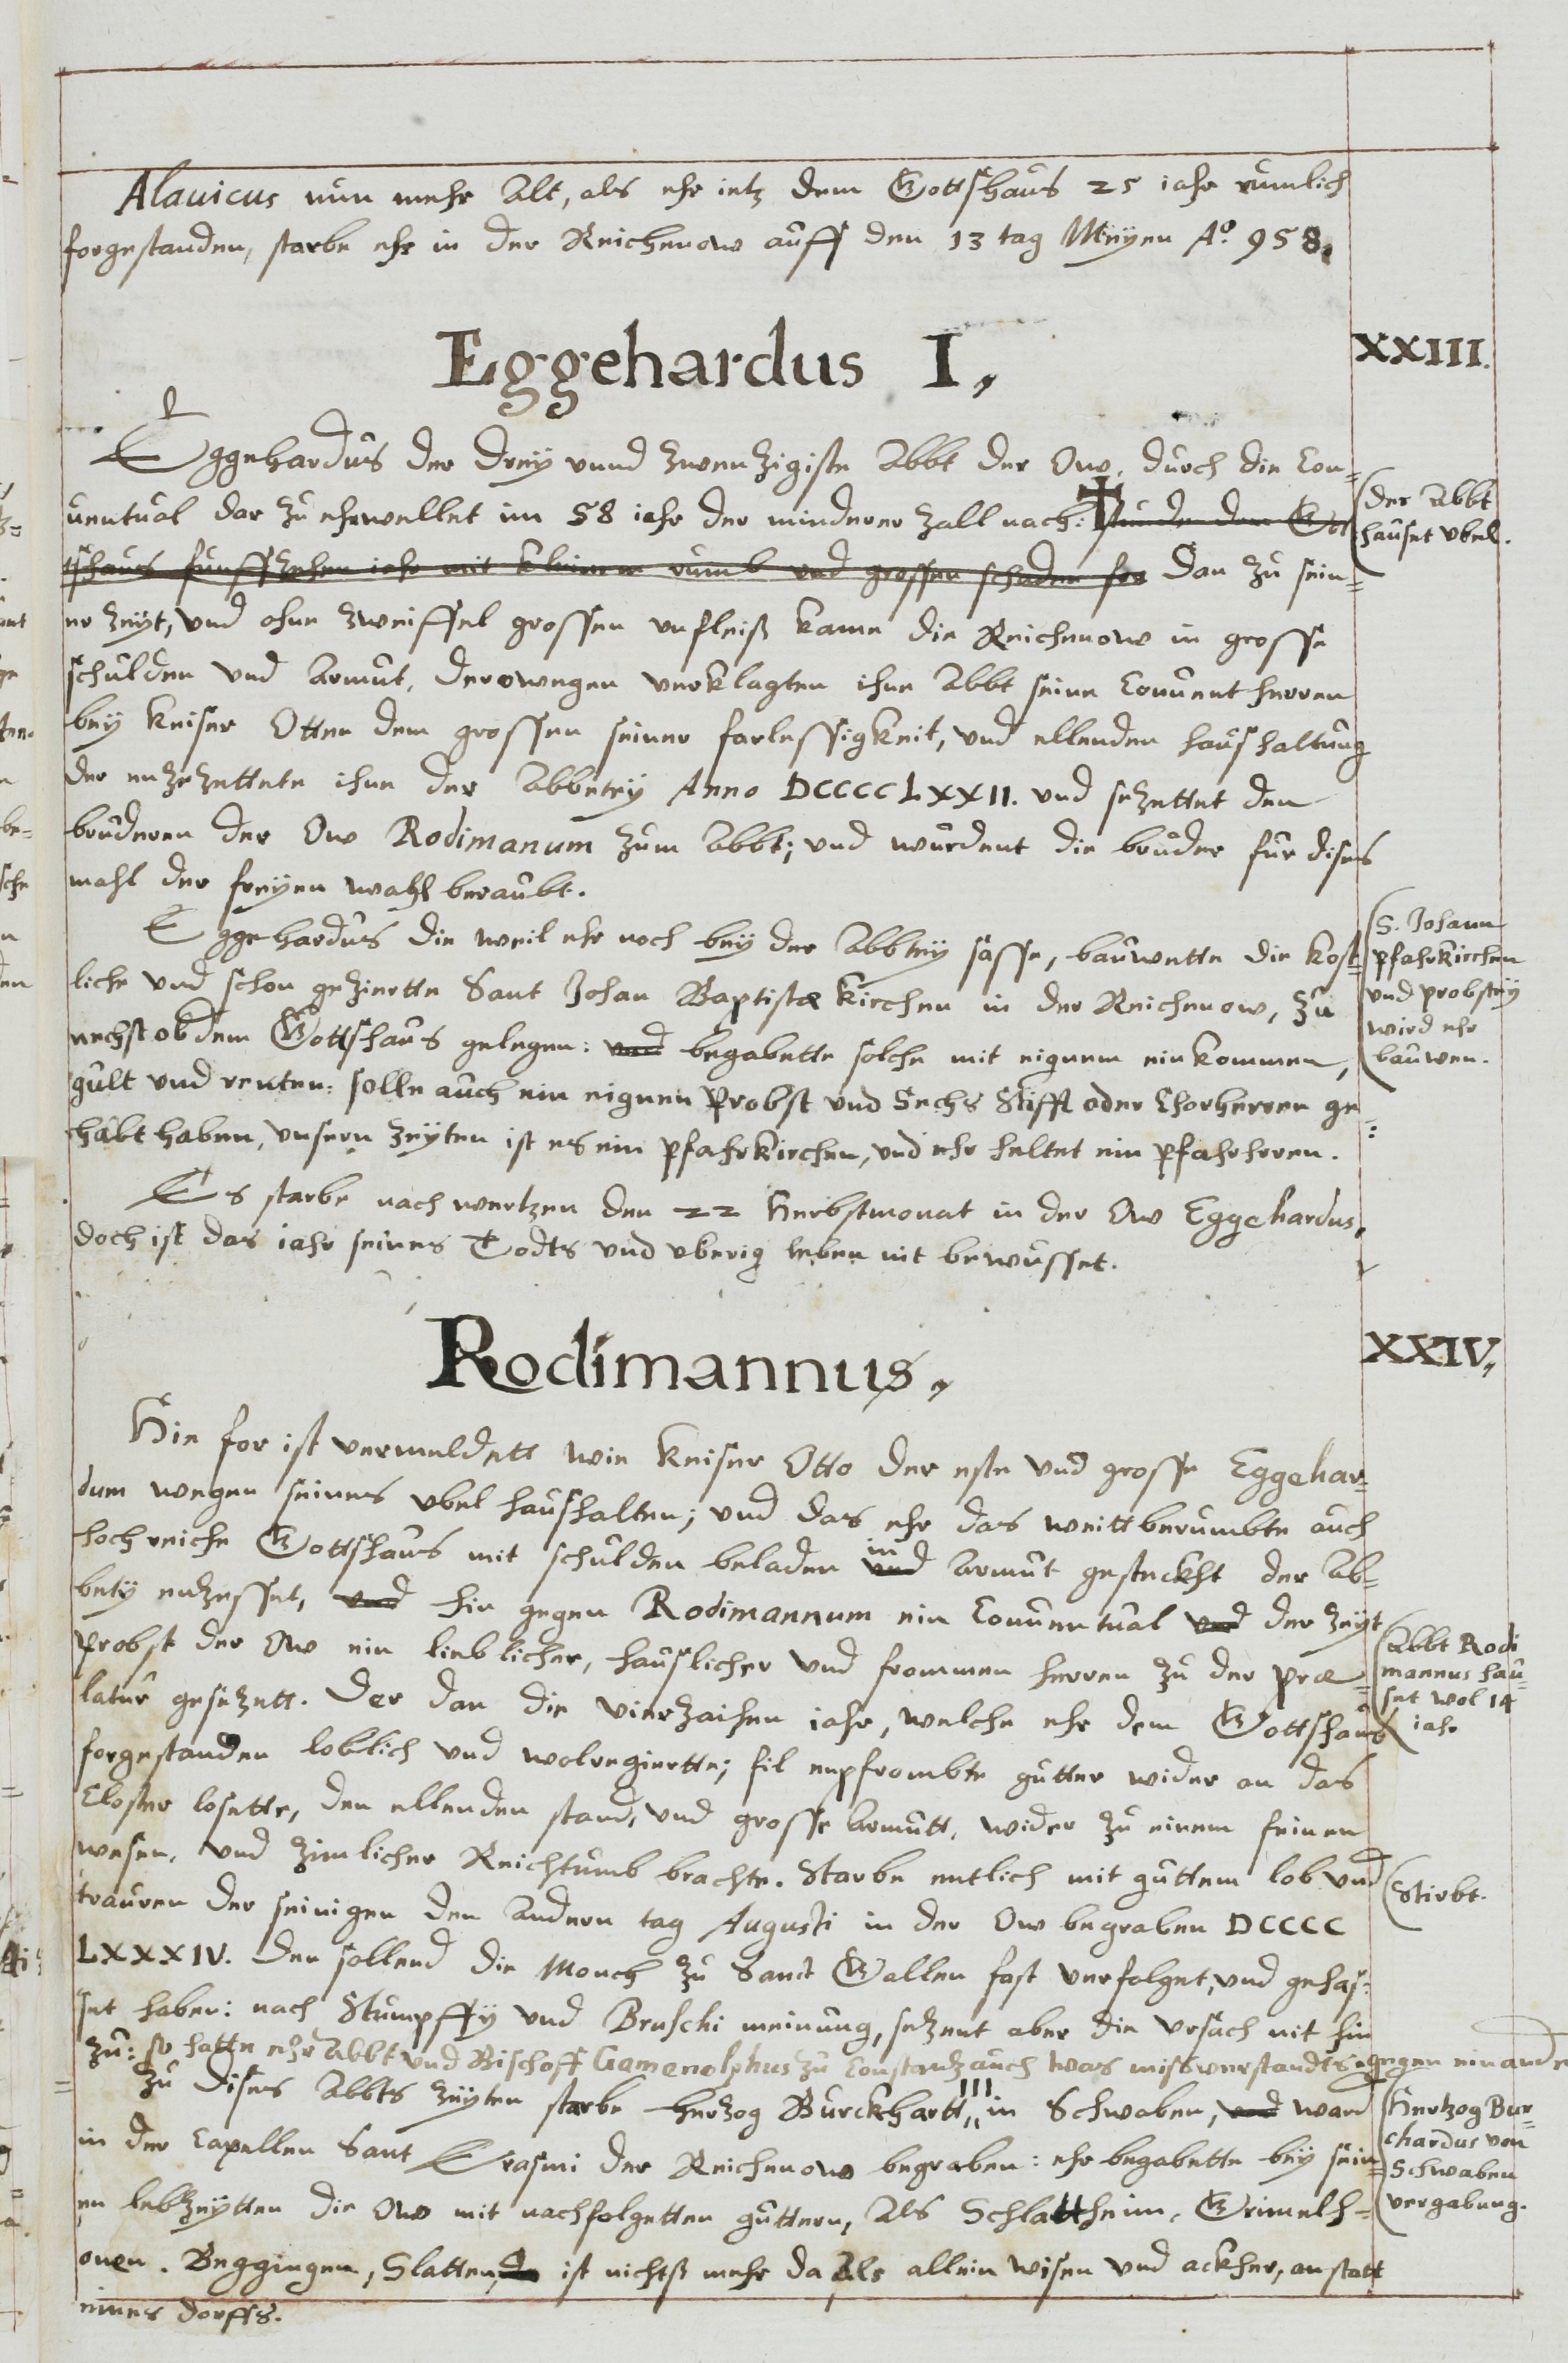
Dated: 1613–1642